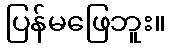
ပြန်မဖြေဘူး။